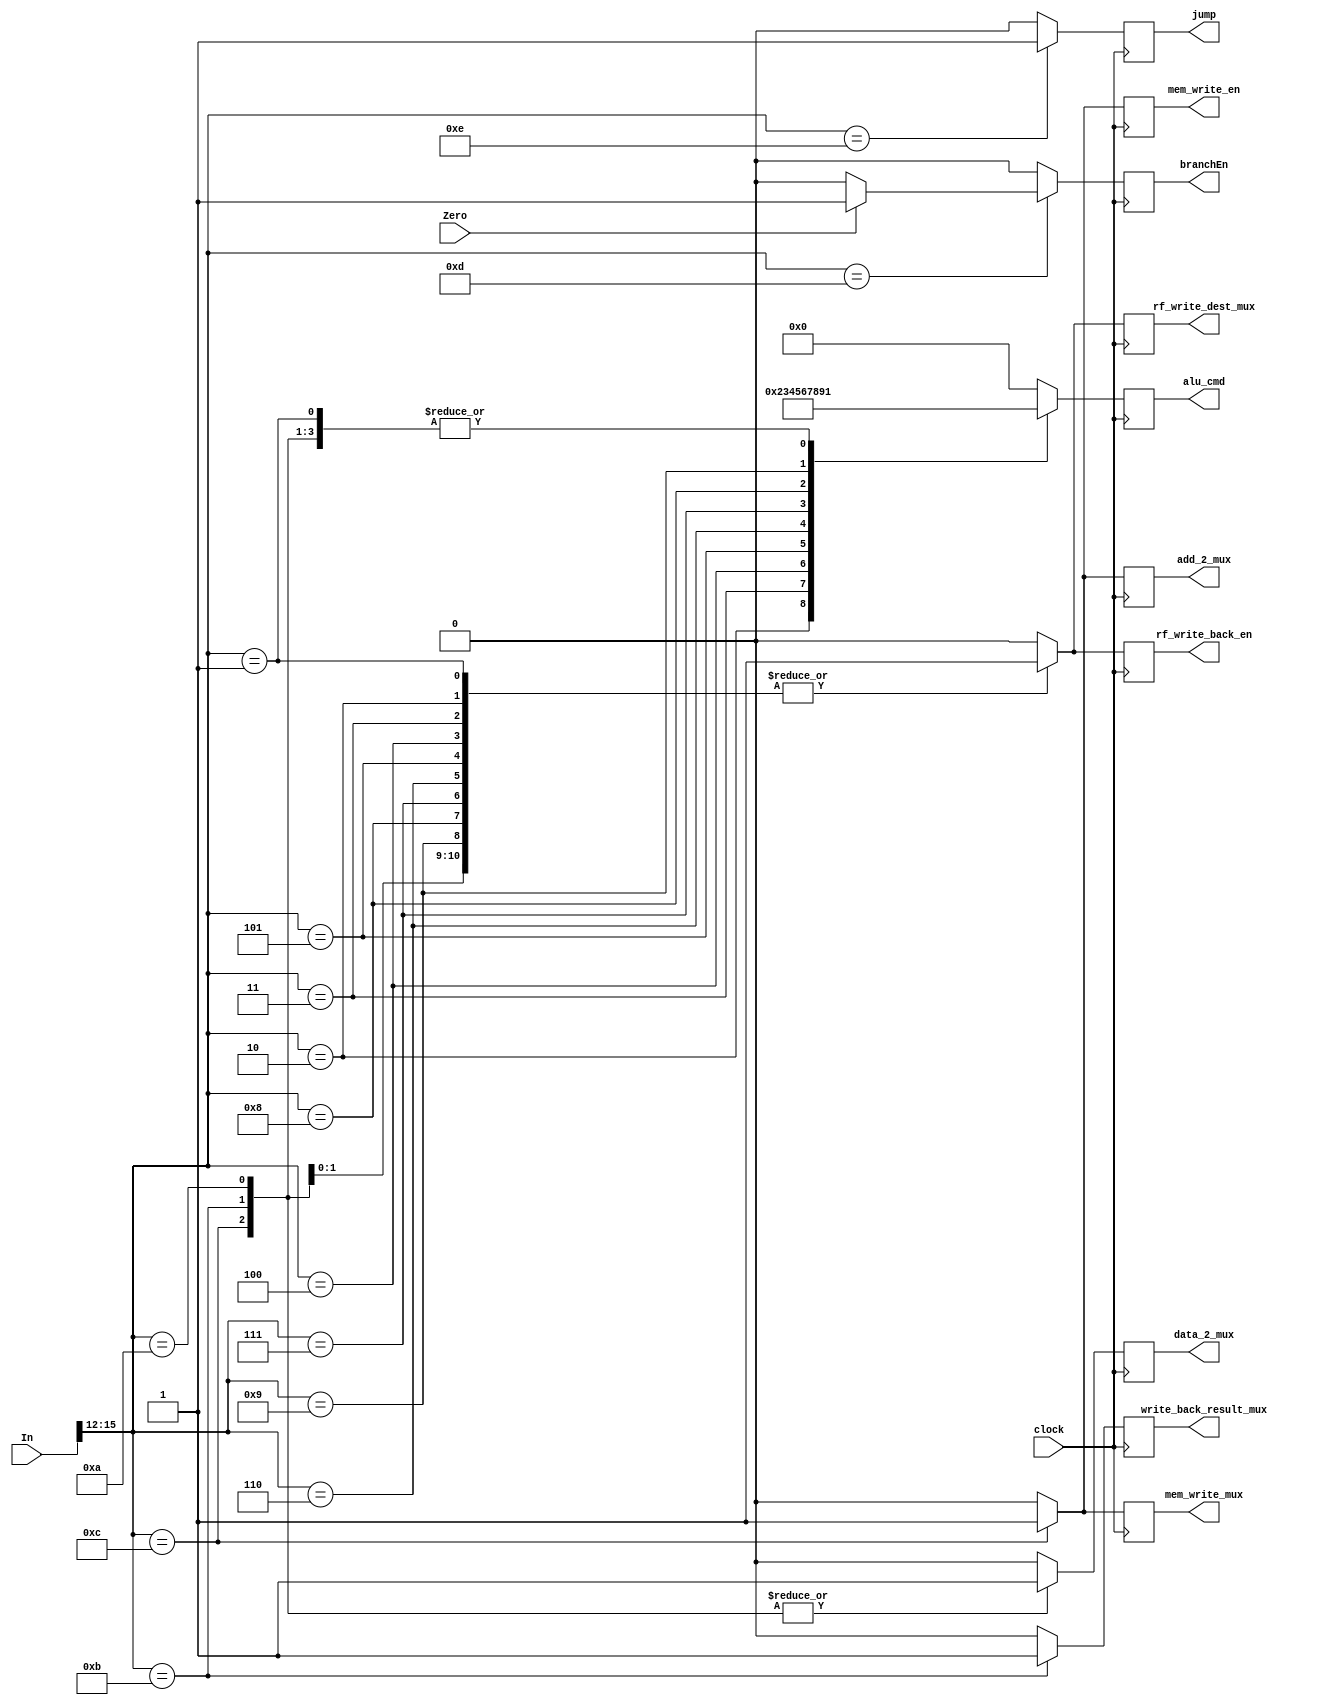
module CONTROLLER(
  input             clock,
  input [15:0]      In,
  input             Zero,
  output reg [3:0]  alu_cmd,
  output reg        rf_write_back_en,
  output reg        write_back_result_mux,
  output reg        mem_write_en,
  output reg        rf_write_dest_mux,
  output reg        add_2_mux,
  output reg        data_2_mux,
  output reg        mem_write_mux,
  output reg        branchEn,
  output reg        jump
);
  
  wire [3:0] OP;
  
  assign OP = In[15:12];
  always@(posedge clock) begin
    alu_cmd = 0; rf_write_back_en = 0; write_back_result_mux = 0; mem_write_en = 0; rf_write_dest_mux = 0; add_2_mux = 0; data_2_mux = 0; mem_write_mux = 0; branchEn = 0; jump = 0;
    case(OP) 
      //no op
      0: begin if(OP == 0) begin alu_cmd = 0; end end
      //add
      1: begin if(OP == 1) begin alu_cmd = 1;  rf_write_back_en = 1; rf_write_dest_mux = 1; end end
      //sub
      2: begin if(OP == 2) begin alu_cmd = 2; rf_write_back_en = 1; rf_write_dest_mux = 1; end end
      //and
      3: begin if(OP == 3) begin alu_cmd = 3; rf_write_back_en = 1; rf_write_dest_mux = 1; end end
      //or
      4: begin if(OP == 4) begin alu_cmd = 4; rf_write_back_en = 1; rf_write_dest_mux = 1; end end
      //xor
      5: begin if(OP == 5) begin alu_cmd = 5; rf_write_back_en = 1; rf_write_dest_mux = 1; end end
      //sl
      6: begin if(OP == 6) begin alu_cmd = 6; rf_write_back_en = 1; rf_write_dest_mux = 1; end end
      //sr
      7: begin if(OP == 7) begin alu_cmd = 7; rf_write_back_en = 1; rf_write_dest_mux = 1; end end
      //sru
      8: begin if(OP == 8) begin alu_cmd = 8; rf_write_back_en = 1; rf_write_dest_mux = 1; end end
      //mul
      9: begin if(OP == 9) begin alu_cmd = 9; rf_write_back_en = 1; rf_write_dest_mux = 1; end end

      //addi
      10: begin if(OP == 10) begin alu_cmd = 1; rf_write_back_en = 1;  data_2_mux = 1; rf_write_dest_mux = 1; end end
      
      //ld
      11: begin if(OP == 11) begin alu_cmd = 1; rf_write_back_en = 1;  data_2_mux = 1; rf_write_dest_mux = 1; write_back_result_mux = 1; end end
      
      //st
      12: begin if(OP == 12) begin alu_cmd = 1; data_2_mux = 1; add_2_mux = 1; mem_write_mux = 1; mem_write_en = 1; end end
      
      //bz
      13: begin if(OP == 13) begin branchEn =(Zero)?1:0; end end
          
      //jmp
      14: begin if(OP == 14) begin jump = 1; end end
      
    endcase
  end
endmodule